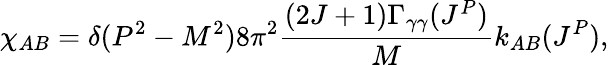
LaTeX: \chi_{AB}=\delta(P^{2}-M^{2})8\pi^{2}\frac{(2J+1)\Gamma_{\gamma\gamma}(J^{P})}{M}k_{AB}(J^{P}),